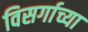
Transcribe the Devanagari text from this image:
विसर्गाच्या